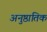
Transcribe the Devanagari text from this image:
अनुष्ठातिक